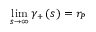
\operatorname* { l i m } _ { s \rightarrow \infty } \gamma _ { + } \left( s \right) = r _ { P }